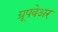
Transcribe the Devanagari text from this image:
ग्रूपवेअर